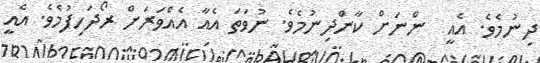
ދިނުމެވެ. އެއީ  ންނަށް ކާންދިނުމެވެ. ނުވަތަ އެއާ އެއްވަރަށް ރޯދަހިފުމެވެ. އެއީ